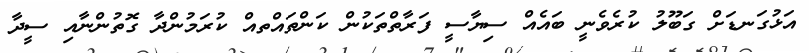
އަޅުގަނޑަށް ގަބޫލު ކުރެވެނީ ބައެއް ސިޔާސީ ފަރާތްތަކުން ކަންތައްތއް ކުރަމުންދާ ގޮތުންނާއި ސީދާ